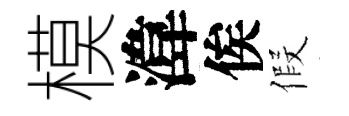
模湋俟假